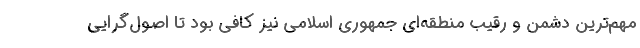
مهم‌ترین دشمن و رقیب منطقه‌ای جمهوری اسلامی نیز کافی بود تا اصول‌گرایی